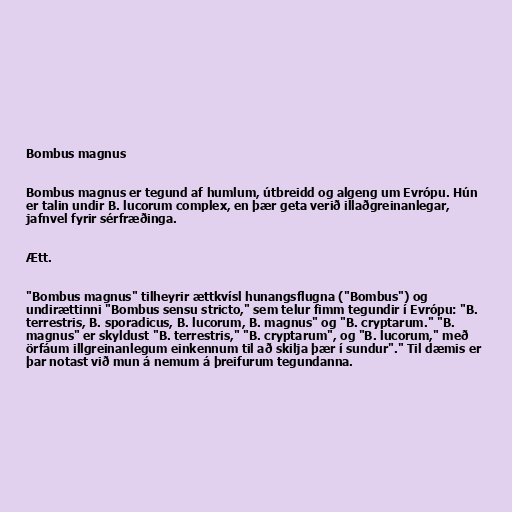
Bombus magnus

Bombus magnus er tegund af humlum, útbreidd og algeng um Evrópu. Hún
er talin undir B. lucorum complex, en þær geta verið illaðgreinanlegar,
jafnvel fyrir sérfræðinga.

Ætt.

"Bombus magnus" tilheyrir ættkvísl hunangsflugna ("Bombus") og
undirættinni "Bombus sensu stricto," sem telur fimm tegundir í Evrópu: "B.
terrestris, B. sporadicus, B. lucorum, B. magnus" og "B. cryptarum." "B.
magnus" er skyldust "B. terrestris," "B. cryptarum", og "B. lucorum," með
örfáum illgreinanlegum einkennum til að skilja þær í sundur"." Til dæmis er
þar notast við mun á nemum á þreifurum tegundanna.